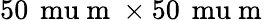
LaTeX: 50\, \mathrm{\ mu}\mathrm{~m~}\times 50\, \mathrm{\ mu}\mathrm{~m~}